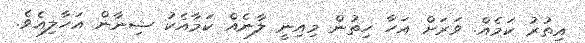
އިތުރު ކަމެއް. ވަރަށް އަހާ ހިތުން މިއިނީ ލާނެއް ކަމާއެކު ޝިނާން އަހާލިއެވެ.